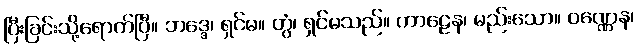
ပြီးခြင်းသို့ရောက်ပြီ။ ဘဒ္ဒေ၊ ရှင်မ။ တွံ၊ ရှင်မသည်။ ကာဠေန၊ မည်းသော။ ဝဏ္ဏေန၊